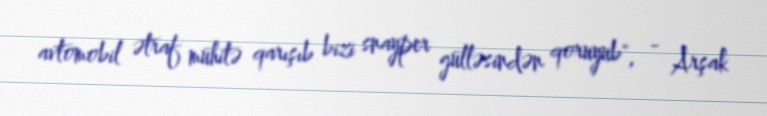
avtomobil ətraf mühitə qarışıb bizi snayper gülləsindən qoruyub", - Arşak